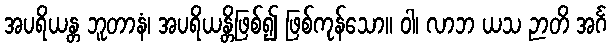
အပရိယန္တ ဘူတာနံ၊ အပရိယန္တိဖြစ်၍ ဖြစ်ကုန်သော။ ဝါ၊ လာဘ ယသ ဉာတိ အင်္ဂ